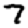
Digit: 7